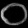
Digit: ၀